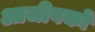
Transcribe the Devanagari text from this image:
आजीवकों